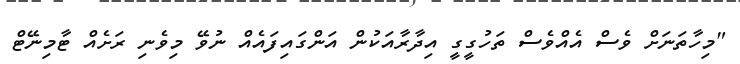
"މިހާތަނަށް ވެސް އެއްވެސް ތަހުގީގީ އިދާރާއަކުން އަންގައިފައެއް ނުވޭ މިވެނި ރަށެއް ޓާމިނޭޓް